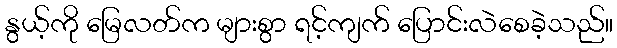
နွယ့်ကို မြေလတ်က များစွာ ရင့်ကျက် ပြောင်းလဲစေခဲ့သည်။